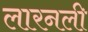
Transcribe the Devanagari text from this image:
लारनली